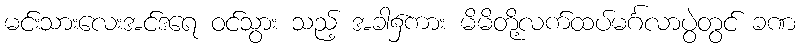
မင်းသားလေးအင်ဒရေ ဝင်သွား သည့် အခါ၌ကား မိမိတို့လက်ထပ်မင်္ဂလာပွဲတွင် ခဏ